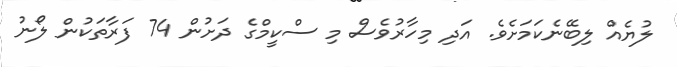
ލުޔެއް ލިބޭނެކަމަށެވެ. އަދި މިހާރުވެސް މި ސްކީމްގެ ދަށުން 74 ފަރާތަކުން ލޯނު